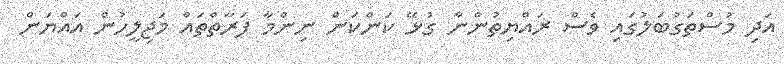
އަދި މުސްތަގުބަލުގައި ވެސް ރައްޔިތުންނާ ގުޅޭ ކަންކަން ނިންމާ ފަރާތްތައް މަޖިލީހުން އައްޔަން